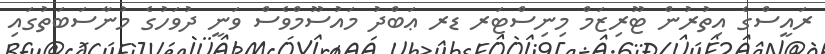
ރައީސްގެ އިތުރުން ޓޫރިޒަމް މިނިސްޓަރ ޑރ ޢަބްދު މައުސޫމްވެސް ވަނީ ދުވަހުގެ މުނާސަބަތުގައި